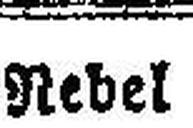
Nebel